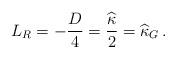
LaTeX: \begin{align*}L_R=-\frac D4=\frac{\widehat{\kappa}}{2}=\widehat{\kappa}_G\,.\end{align*}